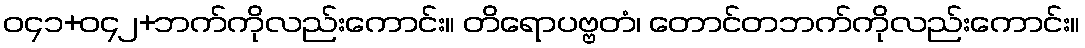
ဝ၄၁+ဝ၄၂+ဘက်ကိုလည်းကောင်း။ တိရောပဗ္ဗတံ၊ တောင်တဘက်ကိုလည်းကောင်း။